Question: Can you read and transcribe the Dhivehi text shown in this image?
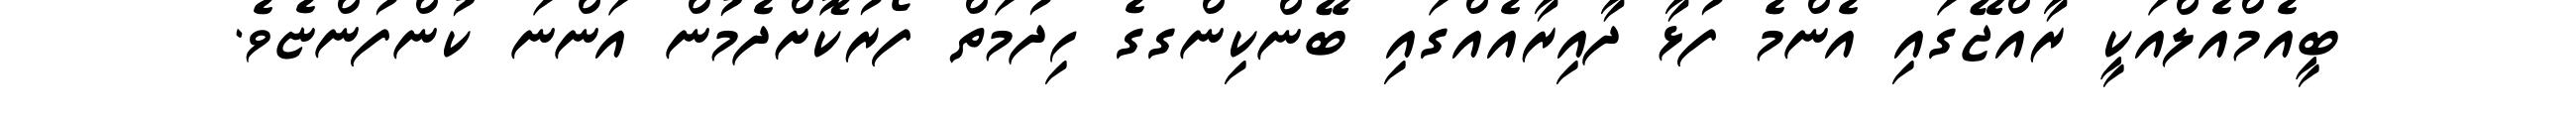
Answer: ބީއެމްއެލްއަކީ ރާއްޖޭގައި އެންމެ ފުޅާ ދާއިރާއެއްގައި ބޭންކިންގގެ ހިދުމަތް ފޯރުކޮށްދެމުން އަންނަ ކުންފުންޏެވެ.